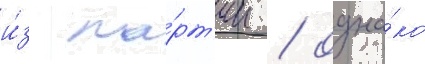
и́з па́рт'ии / одна́ко